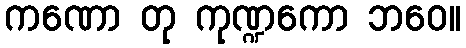
ကဏော တု ကုဏ္ဍကော ဘဝေ။